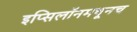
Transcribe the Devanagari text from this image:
इप्सिलॉनमधूनच